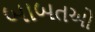
બાબતઓ